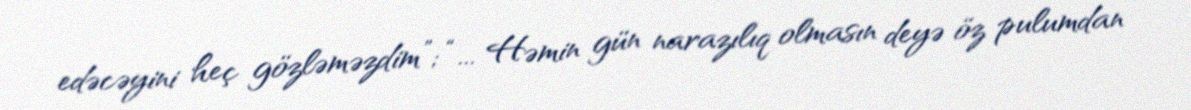
edəcəyini heç gözləməzdim”; “... Həmin gün narazılıq olmasın deyə öz pulumdan